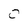
Character: 0